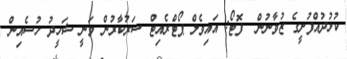
ކުޅުދުއްފުށީގެ ޒުވާނުން  ފޮޓޯ: އައިވެލް ޕޯޓްރެއިޓް ސަރުކާރުން ވަނީ ޝަހީދު ހުސެއިން